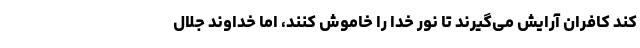
کند کافران آرایش می‌گیرند تا نور خدا را خاموش کنند، اما خداوند جلال